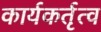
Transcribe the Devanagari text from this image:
कार्यकर्तृत्व